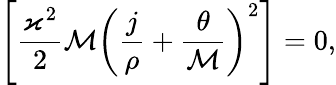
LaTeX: \left[\frac{\varkappa^{2}}{2}\mathcal{M}\left(\frac{j}{\rho}+\frac{\theta}{\mathcal{M}}\right)^{2}\right]=0,